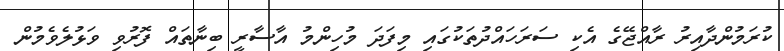
ކުރަމުންދާއިރު ރާއްޖޭގެ އެކި ސަރަހައްދުތަކުގައި މިފަދަ މުހިންމު އާސާރީ ބިނާތައް ފޮރުވި ވަޅުލެވެމުން